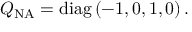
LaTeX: Q _ { \mathrm { N A } } = \mathrm { d i a g } \, ( - 1 , 0 , 1 , 0 ) \, .